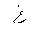
Letter: _gayn